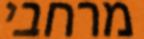
מרחבי